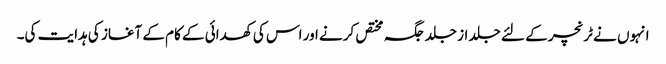
انہوں نے ٹرنچر کے لئے جلد از جلد جگہ مختص کرنے اور اس کی کھدائی کے کام کے آغاز کی ہدایت کی۔